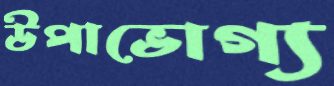
উপাভোগ্য